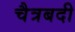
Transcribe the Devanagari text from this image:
चैत्रबदी